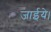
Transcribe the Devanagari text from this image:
जाईये।